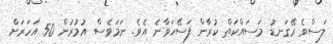
ލަސްވެ ރޭގަނޑު މަސައްކަތް ކުރާން ފަސޭހަވާނެ އެވެ. ނަމަވެސް އުމުރުން 50 އަހަރަށް